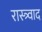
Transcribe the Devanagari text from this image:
रास्त्र्वाद